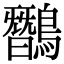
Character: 𪅽